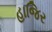
હાજિર